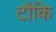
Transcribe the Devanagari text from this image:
टौकि